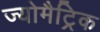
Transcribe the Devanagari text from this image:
ज्योमैट्रिक